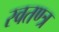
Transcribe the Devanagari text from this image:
स्वतण्त्र